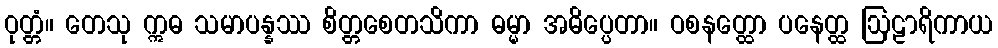
ဝုတ္တံ။ တေသု ဣဓ သမာပန္နဿ စိတ္တစေတသိကာ ဓမ္မာ အဓိပ္ပေတာ။ ဝစနတ္ထော ပနေတ္ထ ဩဠာရိကာယ